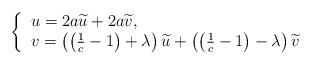
LaTeX: \begin{align*}\left\lbrace\begin{tabular}{l}$u = 2a \widetilde{u} +2a \widetilde{v}$, \\$v = \left(\left(\frac{1}{c}-1\right)+\lambda\right) \widetilde{u}+ \left(\left(\frac{1}{c}-1\right)-\lambda\right) \widetilde{v}$\end{tabular}\right.\end{align*}